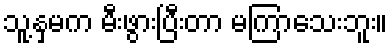
သူ့နှမက မီးဖွားပြီးတာ မကြာသေးဘူး။